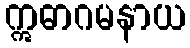
ဣဓာဂမနာယ